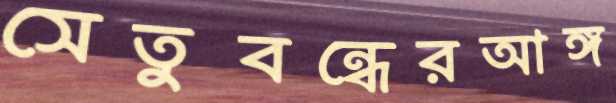
সেতুবন্ধেরআঙ্গ